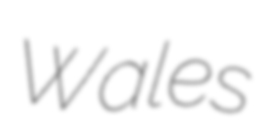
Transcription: Wales